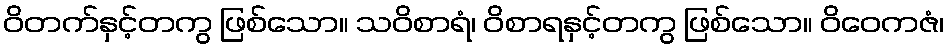
ဝိတက်နှင့်တကွ ဖြစ်သော။ သဝိစာရံ၊ ဝိစာရနှင့်တကွ ဖြစ်သော။ ဝိဝေကဇံ၊